Magi,_Artur, lk 22
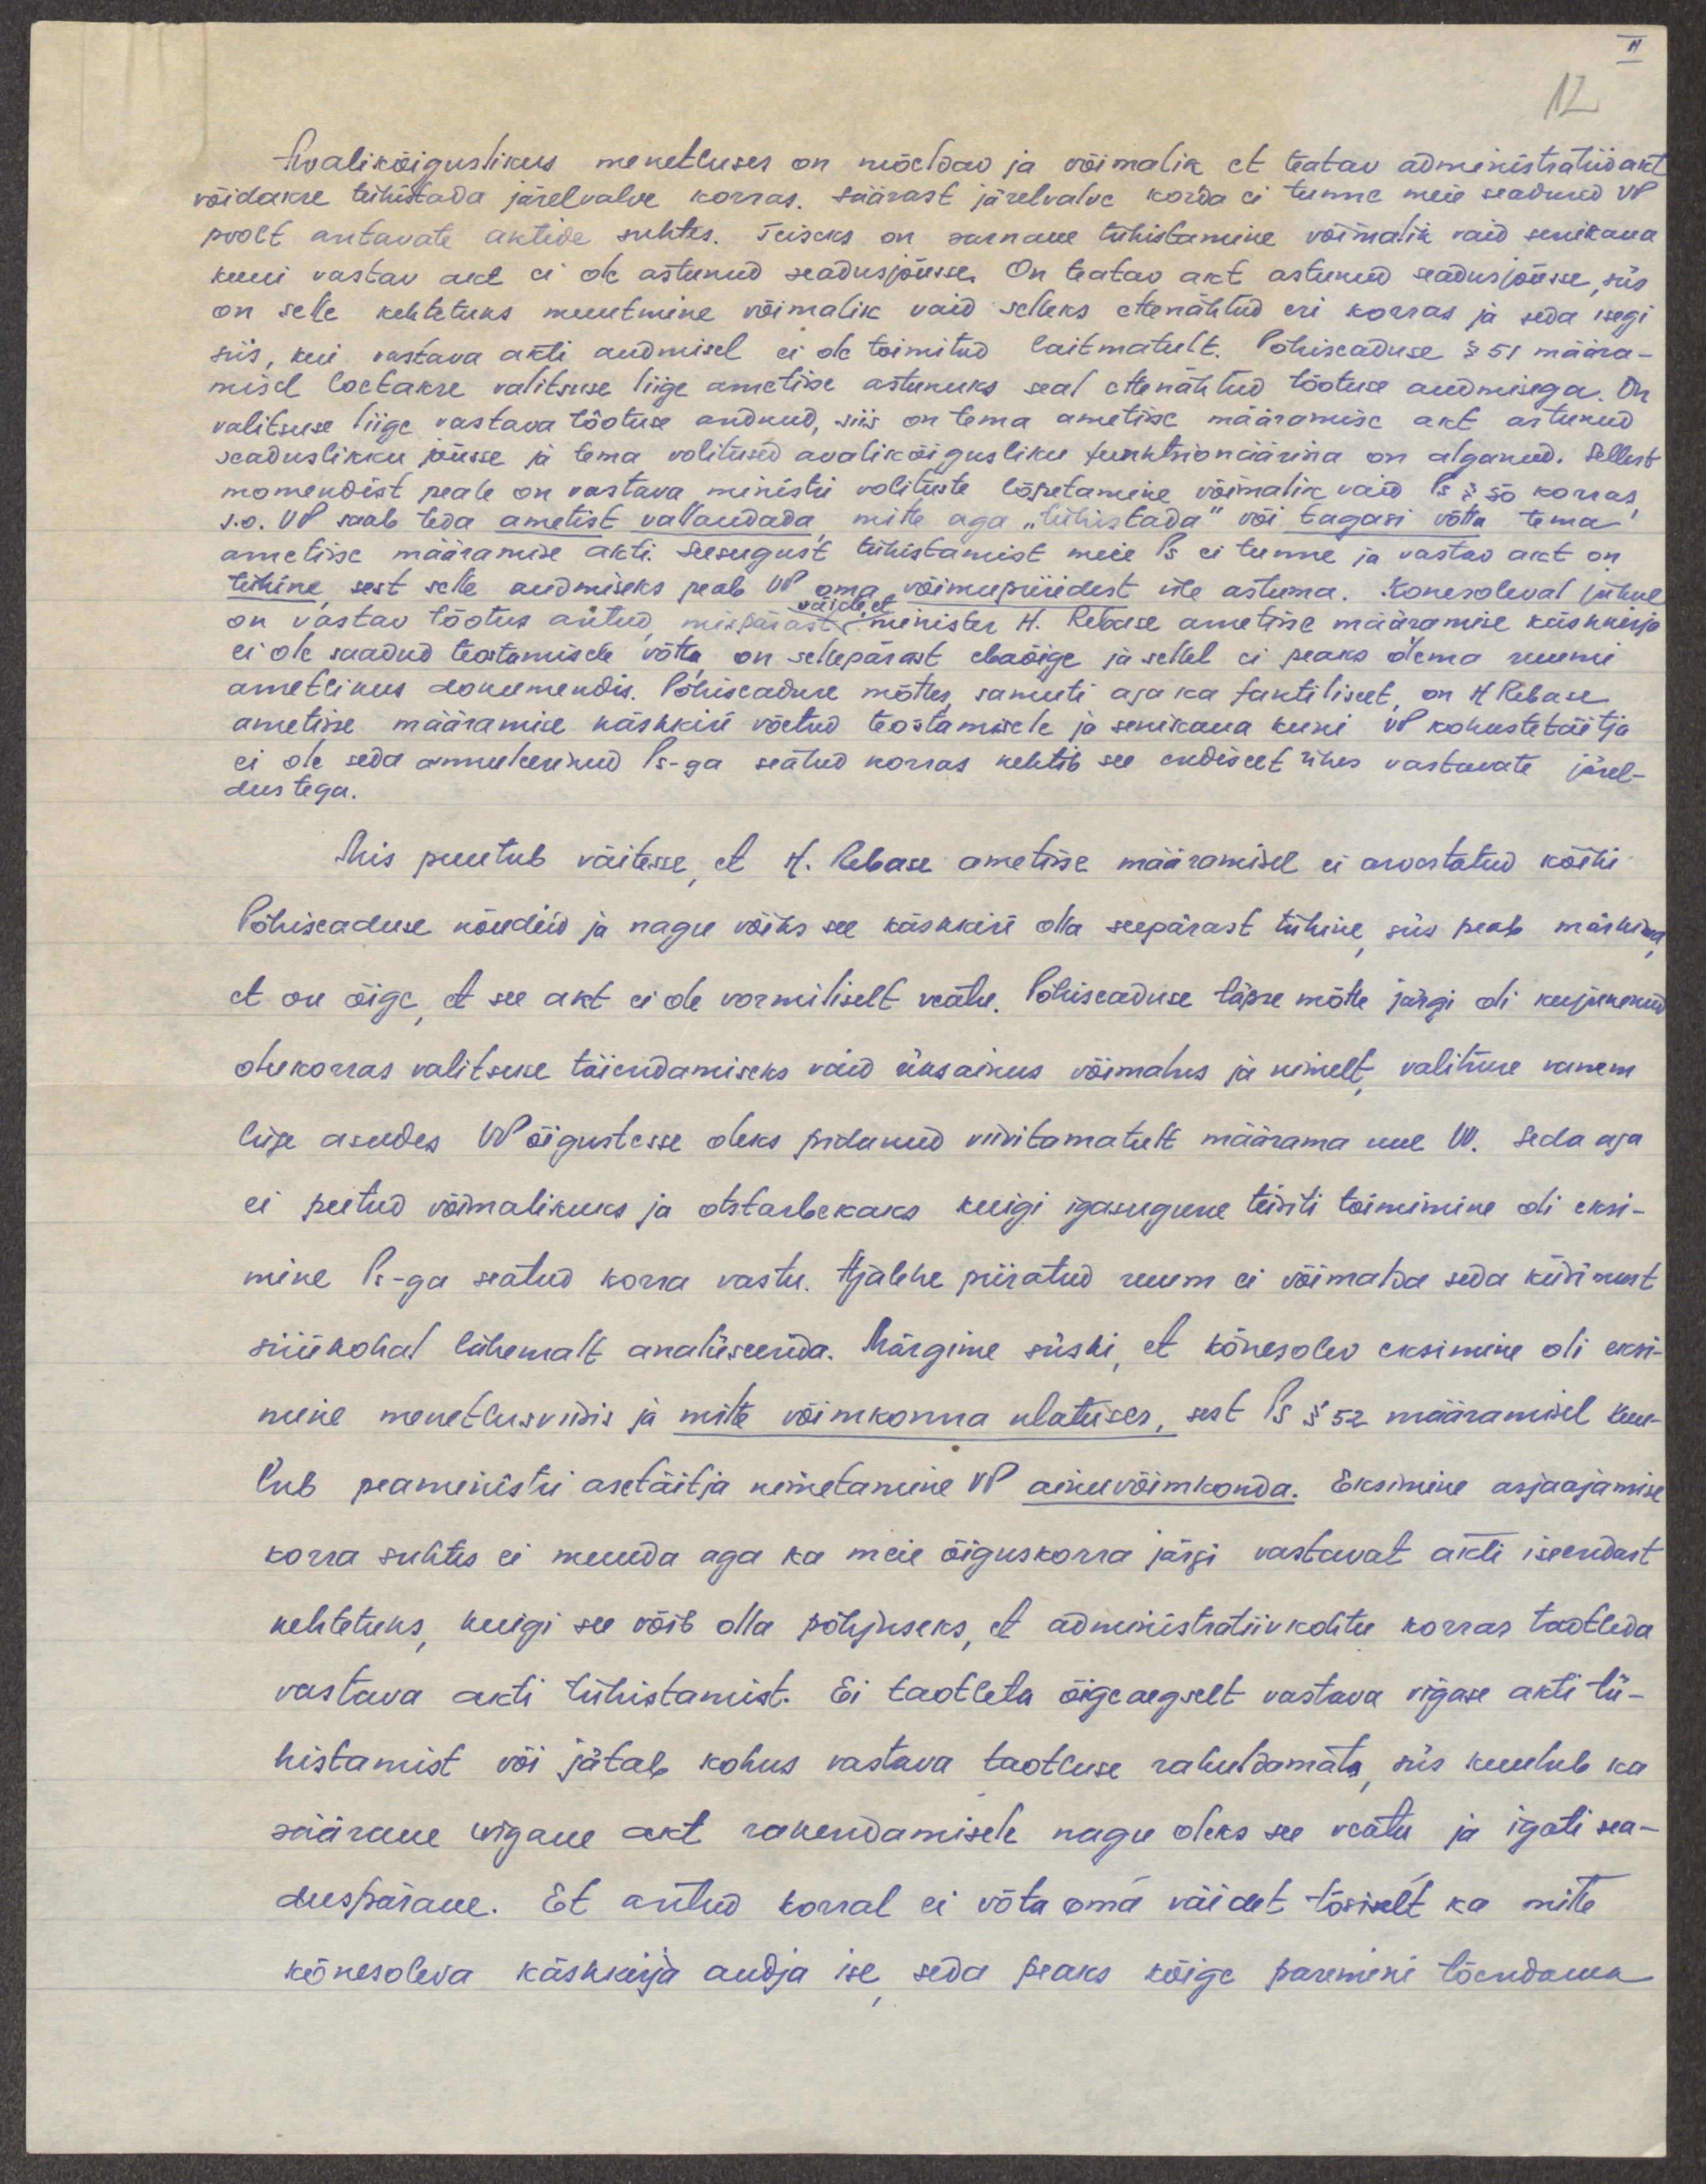
12

Avalikõiguslikus menetluses on mõeldav ja võimalik et teatav administratiivakt
võidakse tühistada järelvalve korras. Säärast järelvalve korda ei tunne meie seadused VP
poolt antavate aktide suhtes. Teiseks on sarnane tühistamine võimalik vaid senikaua
kuni vastav akt ei ole astunud seadusjõusse. On teatav akt astunud seadusjõusse, siis
on selle kehtetuks muutmine võimalik vaid selleks ettenähtud eri korras ja seda isegi
siis, kui vastava akti andmisel ei ole toimitud laitmatult. Põhiseaduse § 51 määra-
misel loetakse valitsuse liige ametisse astunuks seal ettenähtud tõotuse andmisega. On
valitsuse liige vastava tõotuse andnud, siis on tema ametisse määramise akt astunud
seaduslikku jõusse ja tema volitused avalikõigusliku funktsionäärina on alganud. Sellest
momendist peale on vastava ministri volituste lõpetamine võimalik vaid Ps §50 korras,
s.o. VP saab teda ametist vallandada, mitte aga "tühistada" või tagasi võtta tema
ametisse määramise akti. Seesugust tühistamist meie Ps ei tunne ja vastav akt on
tühine, sest selle andmiseks peab VP oma võimupiiridest üle astuma. Konesoleval juhul
väide, et
on vastav tõotus antud, mispärast minister H. Rebase ametisse määramise käskkirja
ei ole saadud teostamisele võtta, on sellepärast ebaõige ja sellel ei peaks olema ruumi
ametlikus dokumendis. Põhiseaduse mõttes, samuti aga ka faktiliselt, on H. Rebase
ametisse määramise käskkiri võetud teostamisele ja senikaua kuni VP kohustetäitja
ei ole seda annuleerinud Ps-ga seatud korras kehtib see endiselt ühes vastavate järel-
dustega.
Mis puutub väitesse, et H. Rebase ametisse määramisel ei arvestatud kõiki
Põhiseaduse nõudeid ja nagu võiks see käskkiri olla seepärast tühine, siis peab märkima,
et on õige, et see akt ei ole vormiliselt veatu. Põhiseaduse täpse mõtte järgi oli kujunenud
olukorras valitsuse täiendamiseks vaid üksainus võimalus ja nimelt, valituse vanem
liige asudes VP õigustesse oleks pidanud viivitamatult määrama uue VV. Seda aga
ei peetud võimalikuks ja otstarbekaks kuigi igasugune teisiti toimimine oli eksi-
mine Ps-ga seatud korra vastu. Ajalehe piiratud ruum ei võimalda seda küsimust
siinkohal lähemalt analüseerida. Märgime siiski, et kõnesolev eksimine oli eksi-
mine menetlusviisis ja mitte võimkonna ulatuses, sest Ps § 52 määramisel kuu-
lub peaministri asetäitja nimetamine VP ainuvõimkonda. Eksimine asjaajamise
korra suhtes ei muuda aga ka meie õiguskorra järgi vastavat akti iseendast
kehtetuks, kuigi see võib olla põhjuseks, et administratiivkohtu korras taotleda
vastava akti tühistamist. Ei taotleta õigeaegselt vastava vigase akti tü-
histamist või jätab kohus vastava taotluse rahuldamata, siis kuulub ka
säärane vigane akt rakendamisele nagu oleks see veatu ja igati sea-
duspärane. Et antud korral ei võta oma väidet tõsiselt ka mitte
kõnesoleva käskkirja andja ise, seda peaks kõige paremini tõendama